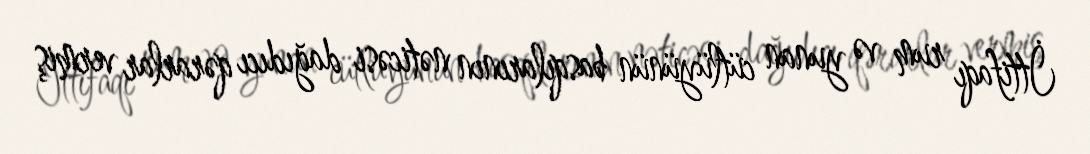
İttifaqı rum və yunan cütlüyünün basqılarının nəticəsi dağıdıcı qərarlar vermiş